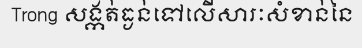
Trong សង្កត់ធ្ងន់ទៅលើសារៈសំខាន់នៃ